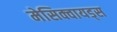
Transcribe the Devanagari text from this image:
मेसिक्वायड्स